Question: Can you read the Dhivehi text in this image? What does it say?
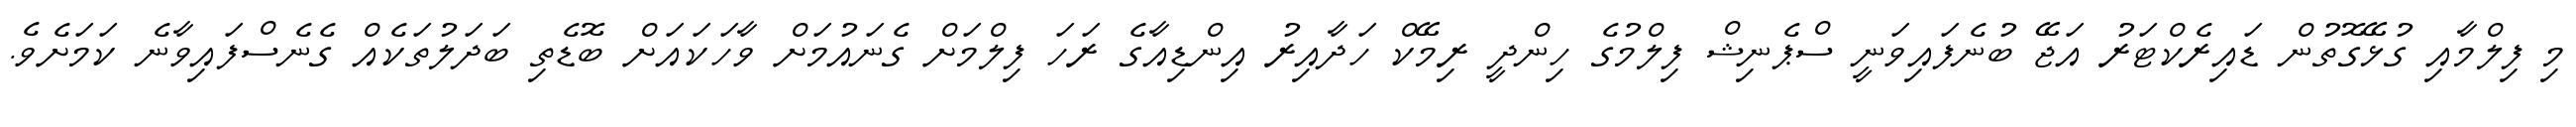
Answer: މި ފިލްމާއި ގުޅޭގޮތުން ޑައިރެކްޓަރު އަޖޭ ބުނެފައިވަނީ ސްޕެނިޝް ފިލްމުގެ ހިންދީ ރިމޭކް ހަދާއިރު އިންޑިއާގެ ރަހަ ފިލްމަށް ގެނައުމަށް ވާހަކައަށް ބޮޑެތި ބަދަލުތަކެއް ގެނެސްފައިވާނެ ކަމަށެވެ.